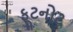
ફૂટનોટ